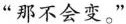
“那不会变。”